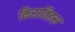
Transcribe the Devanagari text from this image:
किरातिहरु